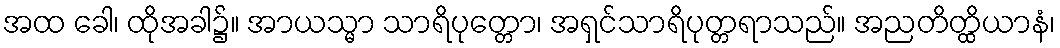
အထ ခေါ၊ ထိုအခါ၌။ အာယသ္မာ သာရိပုတ္တော၊ အရှင်သာရိပုတ္တရာသည်။ အညတိတ္ထိယာနံ၊